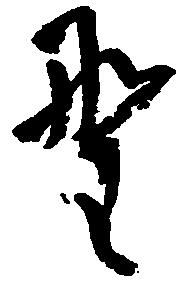
野